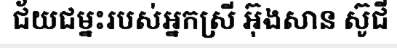
ជ័យជម្នះរបស់អ្នកស្រី អ៊ុងសាន ស៊ូជី